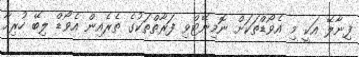
ފިނާލޭ އަކީ މި އެވޯޑްތަކަށް ނޮމިނޭޓްވި ފަރާތްތަކުގެ ތެރެއިން އެވޯޑް ލިބޭ ހުރިހާ